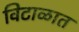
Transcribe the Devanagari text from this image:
विटाळात